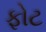
ફોટ